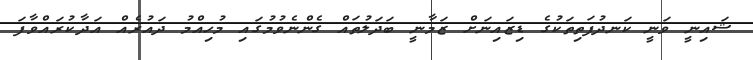
ޝައިނީ ވަނީ ކަނދުފަތިތަކުގެ ޑިޒައިނަށް ޒަމާނީ ބަދަލުތައް ގެންނެވުމުގައި މުހިއްމު ދައުރެއް އަދާކުރައްވާފަ